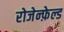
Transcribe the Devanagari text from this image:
रोजेन्फ़ेल्ड